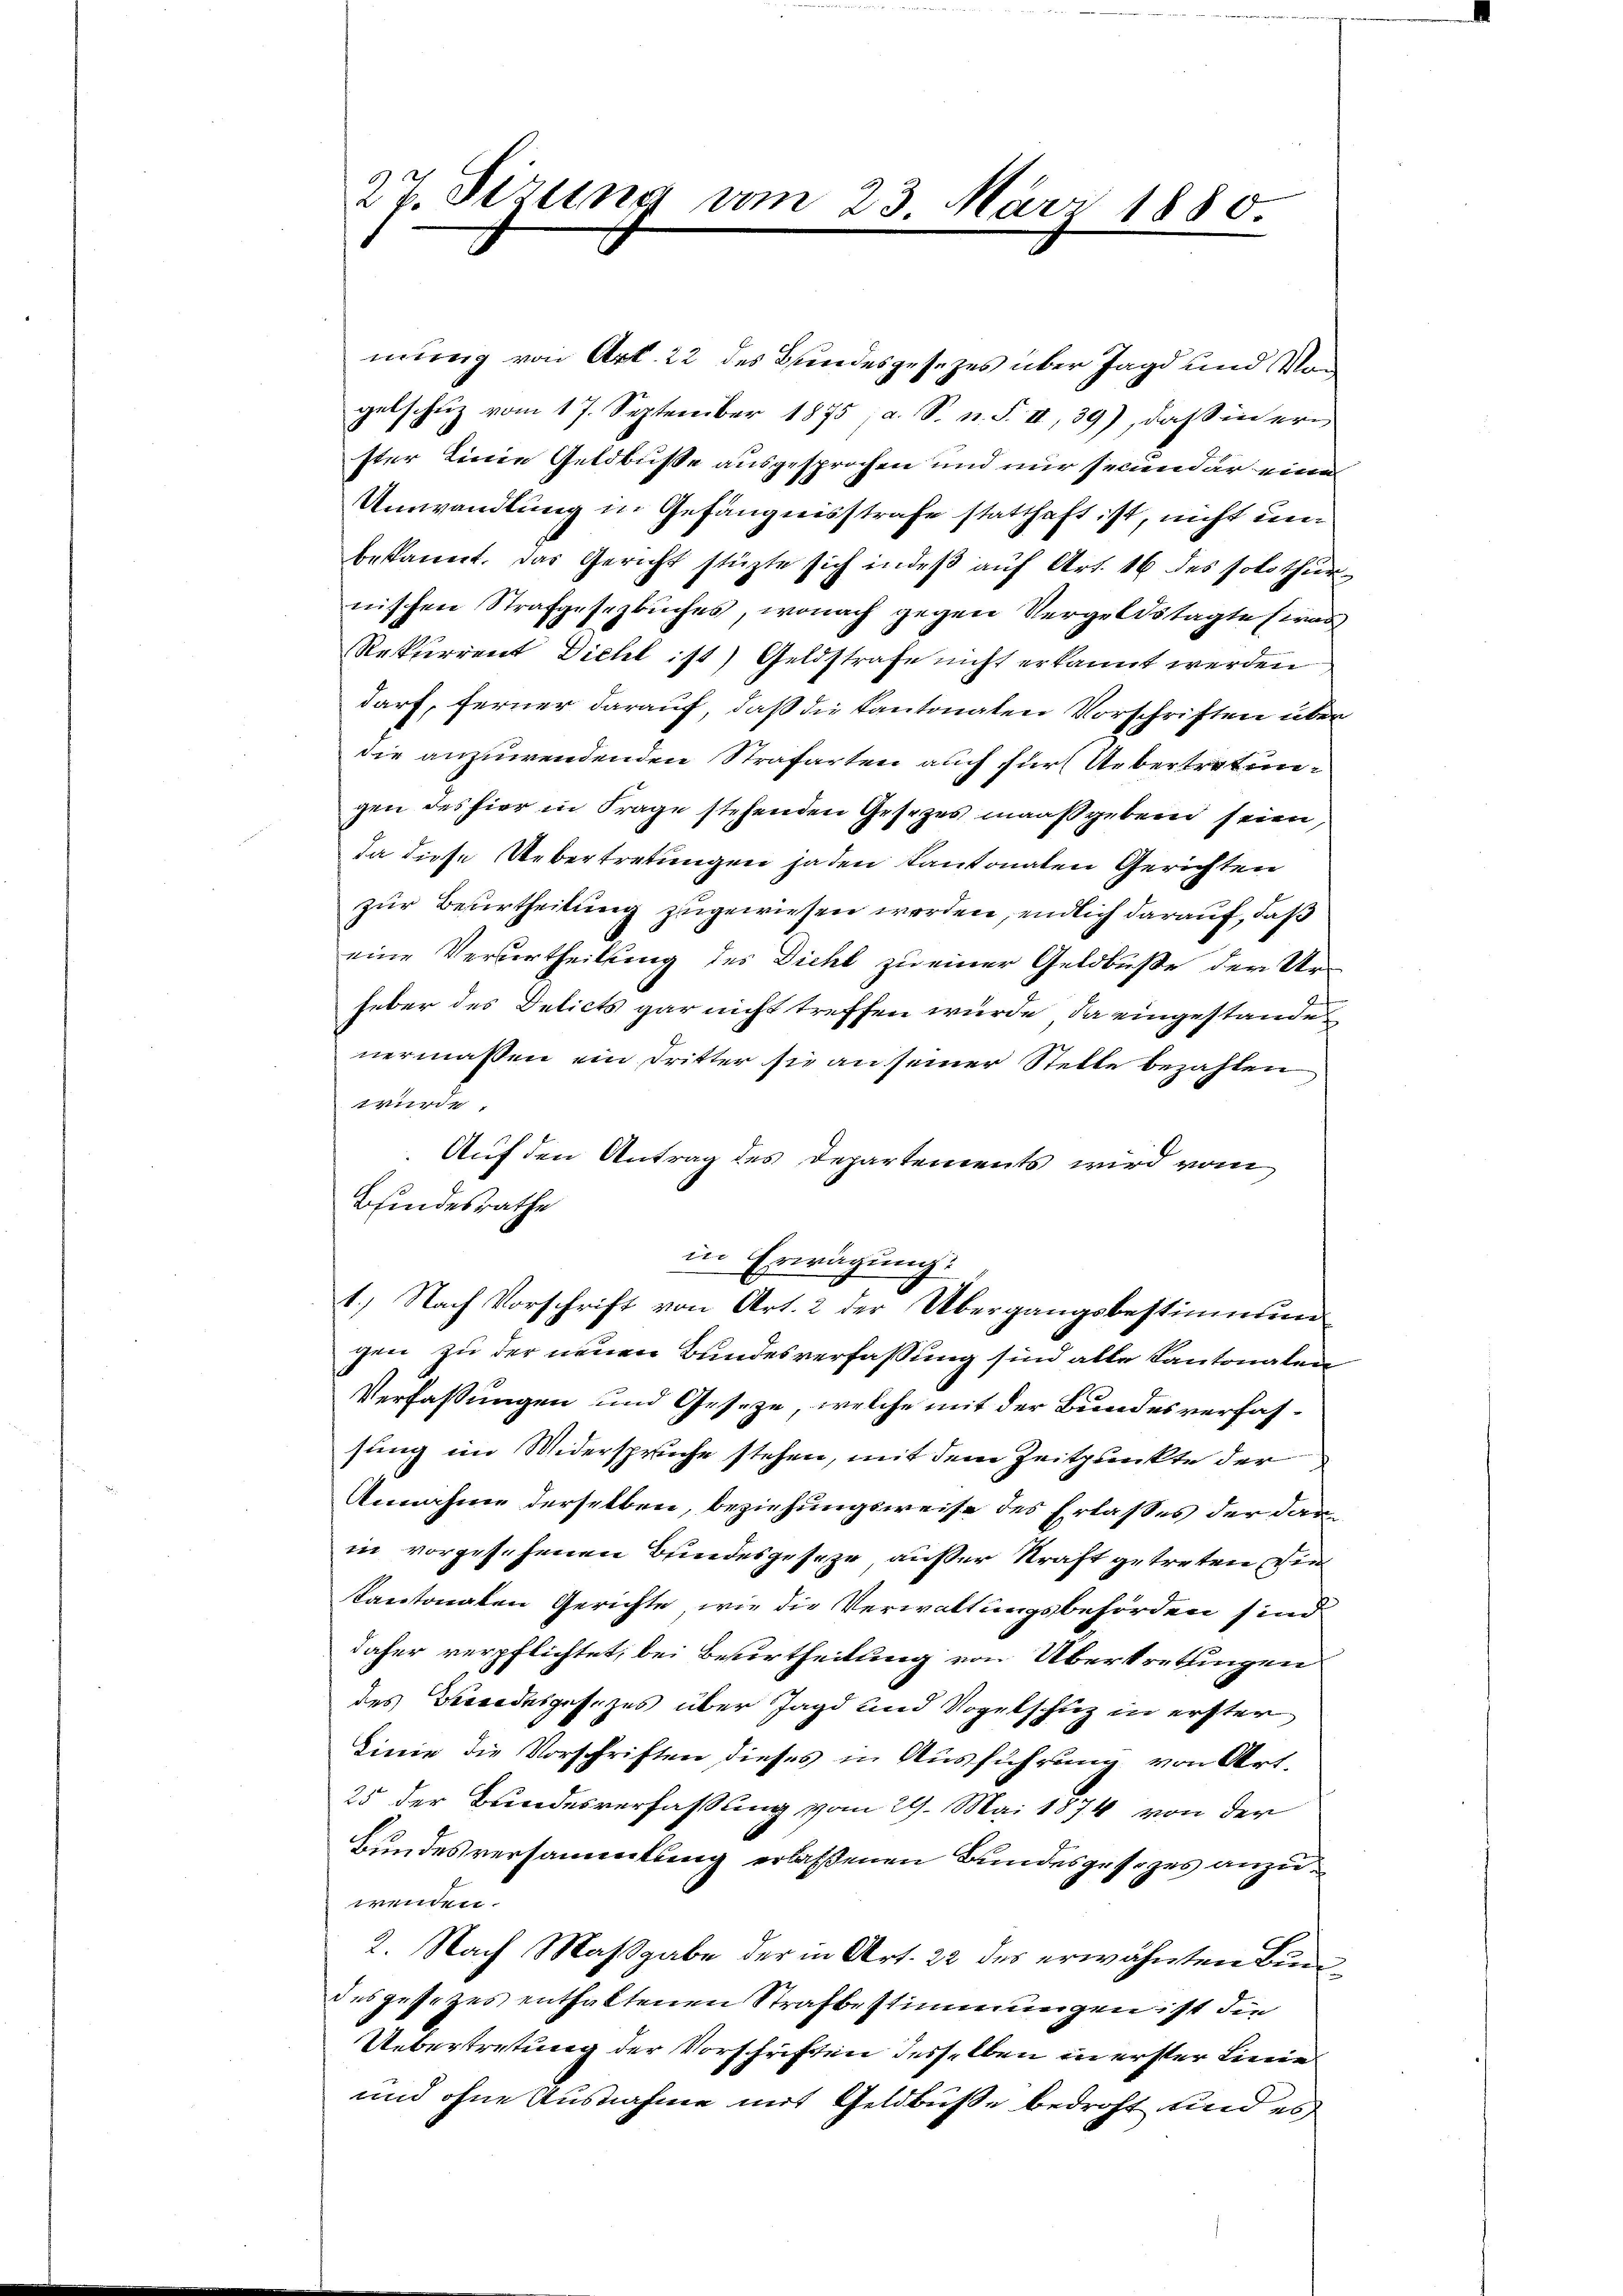
mung von Art. 22 des Bundesgesetzes über Jagd und Von
gelschutz vom 17. September 1875; a. S. n. F. II, 39), daß in ern
ster Linie Geldbusse ausgesprochen und nur secundar eine
Umwandlung in Gefängnisstrafe statthaft ist, nicht un
bekannt. Das Gericht stüzte sich indeß auf Art. 16 des solothurnischen Strafgesezbuches, wonach gegen Vergeldstagte (was
Rekurrent Dichl ist) Geldstrafe nicht erkannt werden
darf, ferner darauf, daß die Kantonaten Vorschriften über
die anzuwendenden Strafarten auch für Uebertreten
gen des hier in Frage stehenden Gesezes maaßgeben seien,
da diese Uebertretungen jeden Kantonalen Gerichten
zur Beurtheilung zugewiesen werden, endlich darauf, daß
eine Verurtheilung des Diehl zu einer Geldbuße der Urheber des Delicts gar nicht treffen wurde, da eingestandenermassen ein Dritter sie an seiner Stelle bezahlen
wurde
Auf den Antrag des Departements wird vom
Bfindesrathe
in Erwägung:
1.) Nach Vorschrift von Art. 2 der Übergangsbestimmung
gen zu der neuen Bundesverfassung sind alle Kantonalen
Verfassungen und Geseze, welche mit der Bundesverfassung im Widerspruche stehen, mit dem Zeitpunkte der
Annahme derselben, beziehungsweise des Erlasses der darin vorgesehenen Bundesgeseze, außer Kraft getreten, die
kantonalen Gerichte, wie die Verwaltungsbehörden sind
daher verpflichtet, bei Besurtheilung von Übertrettingen
des Bewendesgesezes über Jagd und Vogelschuz in erster
Linie die Vorschriften dieses in Ausführung von Art.
25 der Bundesverfassung vom 29. Mai 1874 von der
Bundesversammlung erlassenen Bundesgesezes anzuwenden.
2. Nach Maßgabe der in Art. 22 des erwähnten Bundes gesezes enthaltenen Strafbestimmungen ist die
Uebertretung der Vorschriften desselben in erster Linie
und ohne Ausnahme mit Geldbuße bedroht und es

27. Sizung vom 23. März 1880.